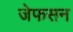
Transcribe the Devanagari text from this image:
जेफसन